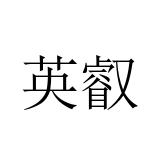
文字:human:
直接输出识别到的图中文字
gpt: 英叡